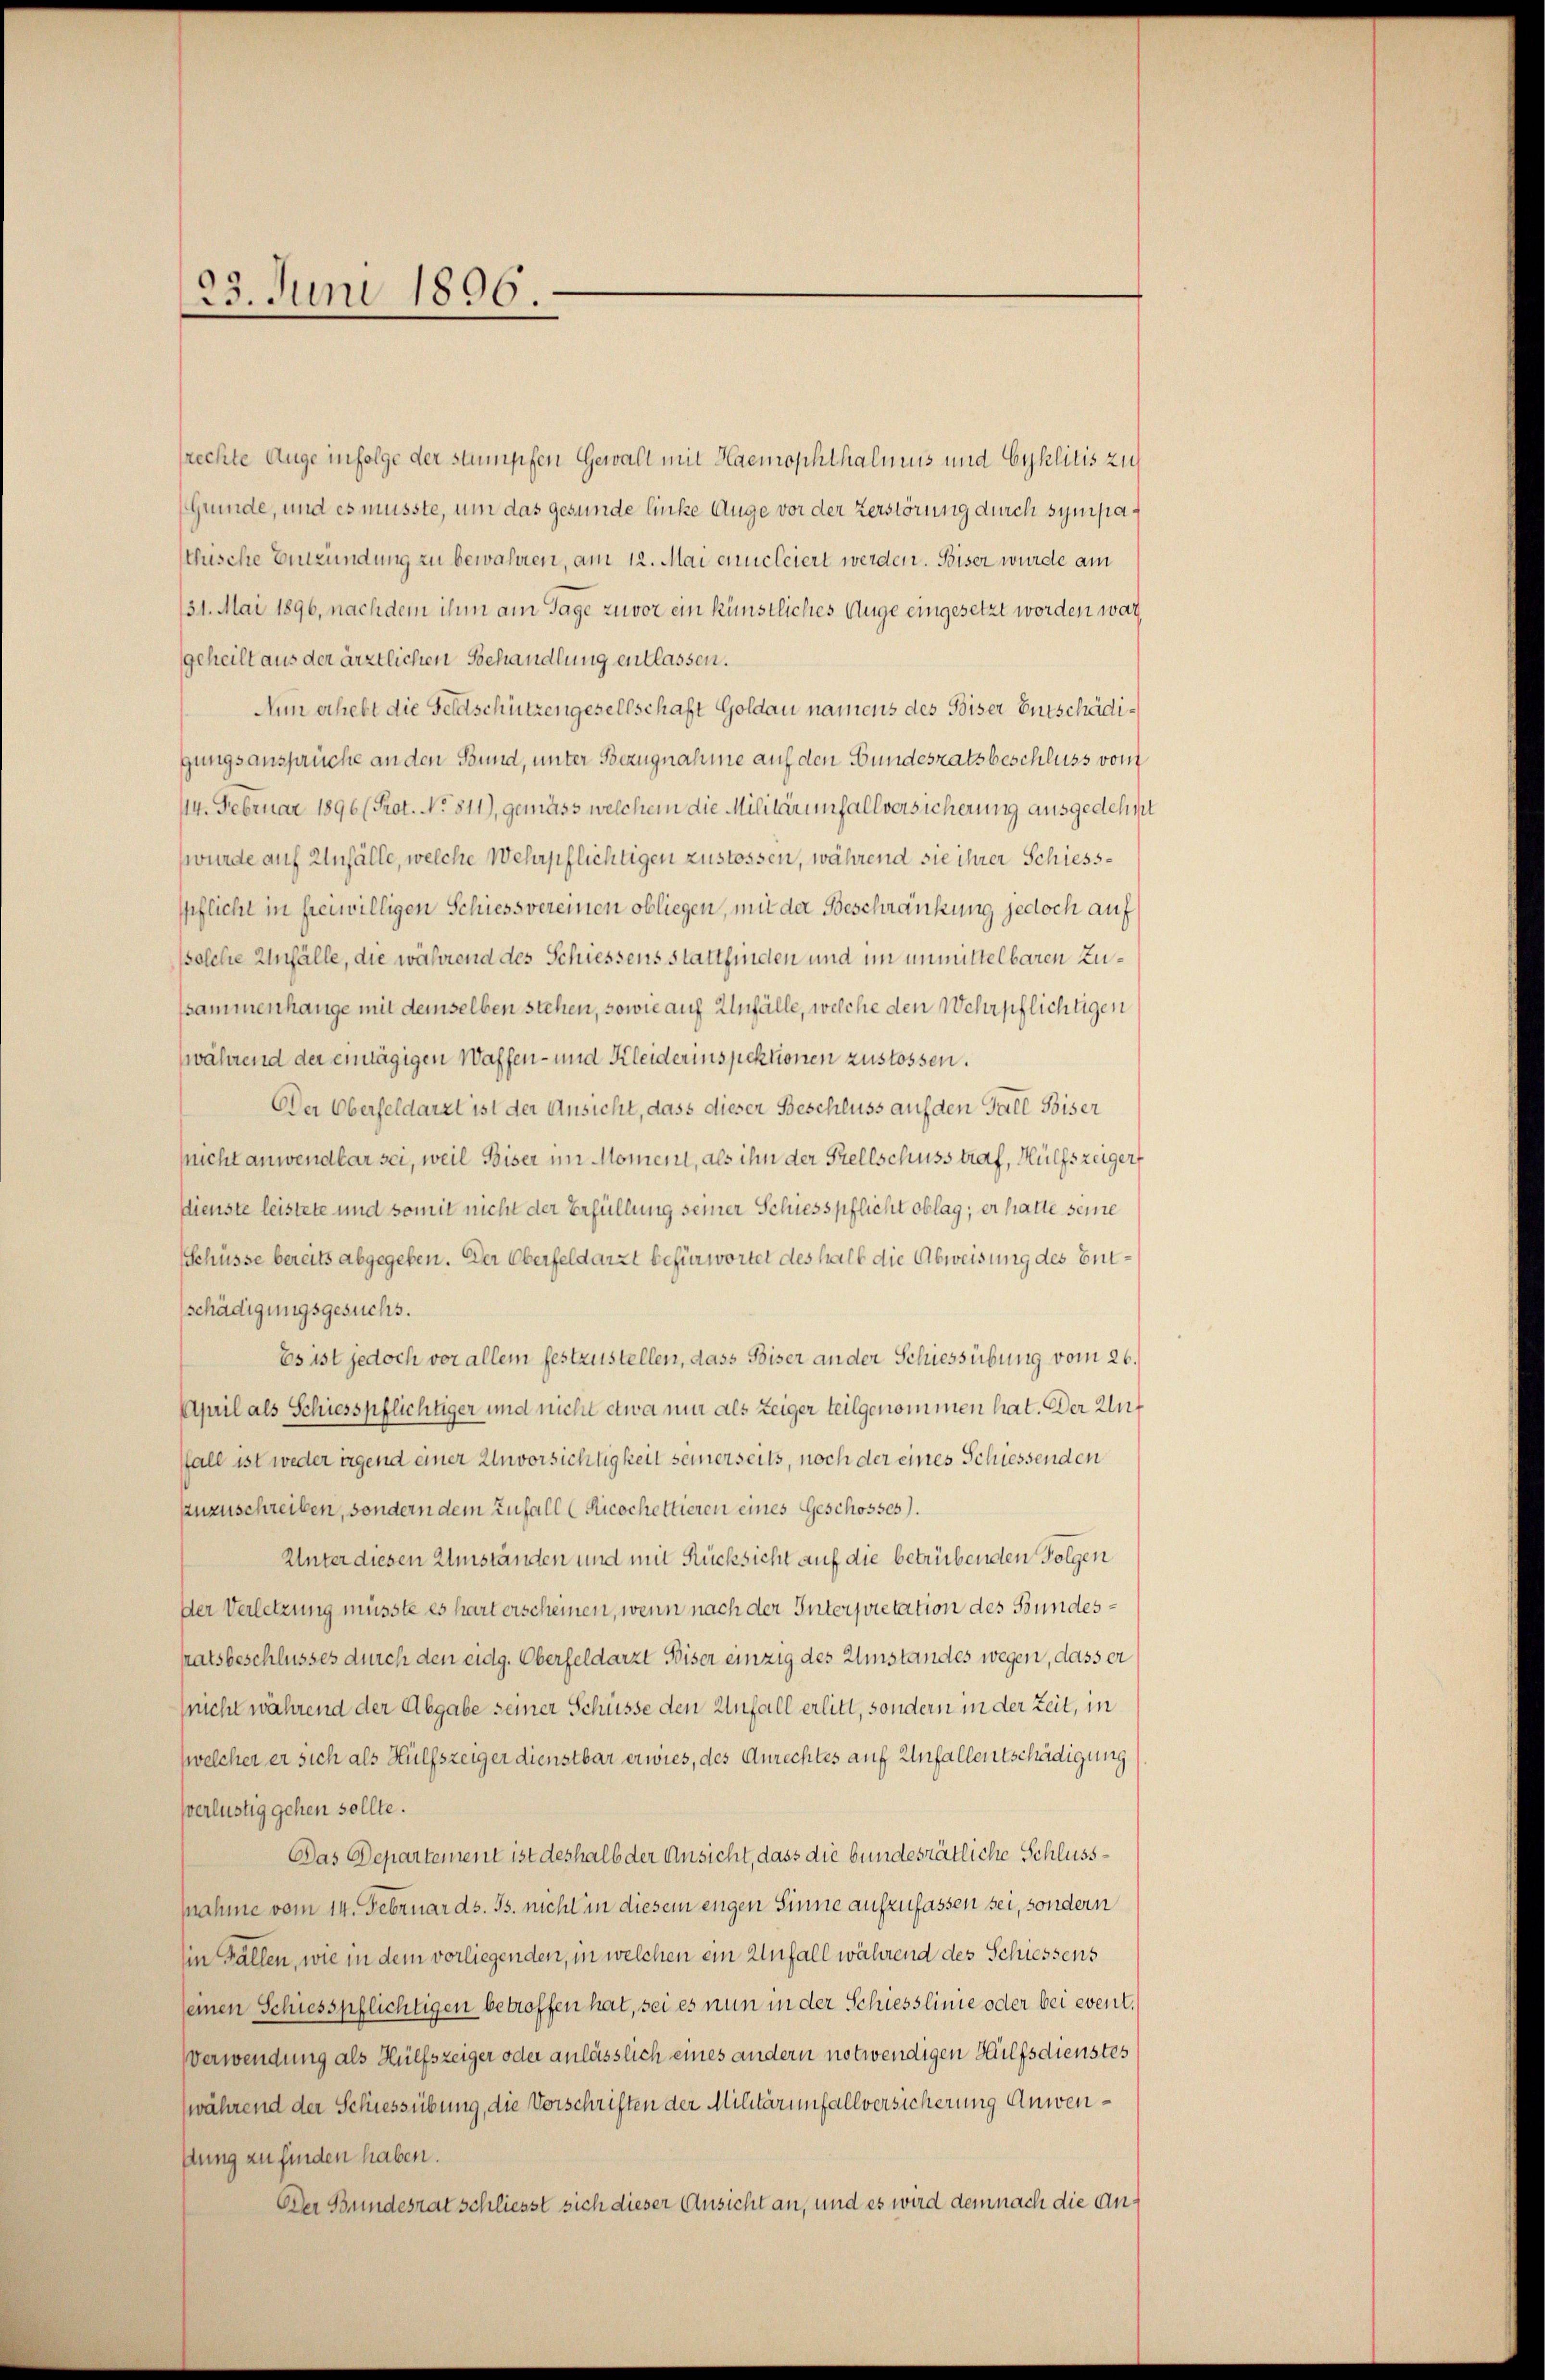
23. Juni 1896

frechte Auge infolge der stumpfen Gewalt mit Haemophthalmens und Cyklitis zu
(Grunde, und es musste, um das gesunde linke Auge vor der Zerstörung durch sympathische Entzündung zu bewahren, am 12. Mai encleiert werden. Biser wurde am
131. Mai 1896, nachdem ihm am Tage zuvor ein künstliches Auge eingesetzt worden war,
geheilt aus der ärztlichen Behandlung entlassen.
Nun erhebt die Feldschützengesellschaft Goldau namens des Biser Entschädigungsansprüche an den Bund, unter Bezugnahme auf den Bundesratsbeschluss vom
114. Februar 1896 (Prot. No. 811), gemäss welchem die Militärimfallversicherung ausgedehnt
wurde auf Unfälle, welche Wehrpflichtigen zustossen, während sie ihrer Schiesspflicht in freiwilligen Schiessvereinen obliegen, mit der Beschränkung jedoch auf
ssolche Unfälle, die während des Schiessens stattfinden und im unmittelbaren Zussammenhange mit demselben stehen, sowie auf Unfälle, welche den Wehrpflichtigen
während der eintägigen Waffen- und Kleiderinspektionen zustossen.
Der Oberfeldarzt ist der Ansicht, dass dieser Beschluss auf den Fall Biser
nicht anwendbar sei, weil Biser im Momen, als ihn der Stellschusstraf, Hülfszeiger
dienste leistete und somit nicht der Erfüllung seiner Schiesspflicht oblag; er hatte seine
chüsse bereits abgegeben. Der Oberfeldarzt befürwortet des halb die Abweisung des Entschädigungsgesuchs.
Es ist jedoch vor allem festzustellen, dass Biser an der Schiessübung vom 26.
April als Schiesspflichtiger und nicht etwa mir als Zeiger teilgenommen hat. Der Auf
ffall ist weder irgend einer Unvorsichtigkeit seinerseits, noch der eines Schiessenden
anzuschreiben, sondern dem Zufall (Ricochettieren eines Geschosses.
Unter diesen Umständen und mit Rücksicht auf die betrübenden Folgen
Der Verletzung müsste es hart erscheinen, wenn nach der Interpretation des Bundesratsbeschlusses durch den eidg. Oberfeldarzt Biser einzig des Umstandes wegen, dass er
(nicht während der Abgabe seiner Schüsse den Unfall erlitt, sondern in der Zeit, in
zwelcher er sich als Hülfszeiger dienstbar erwies, des Anrechtes auf Unfallentschädigung
sverlustig gehen sollte.
Das Departement ist deshalb der Ansicht, dass die bundesrätliche Schlussnahme vom 14. Februar ds. Js. nicht in diesem engen Sinne aufzufassen sei, sondern
(in Fallen, wie in dem vorliegenden, in welchen ein Unfall während des Schiessens
seinen Schiesspflichtigen betroffen hat, sei es nun in der Schiesslinie oder bei event.
Verwendung als Hülfszeiger oder anlässlich eines andern notwendigen Hülfsdienstes
(während der Schiessübung, die Vorschriften der Militärinfallversicherung Anwensung zu finden haben.
Der Bundesrat schliesst sich dieser Ansicht an, und es wird dem nach die An¬